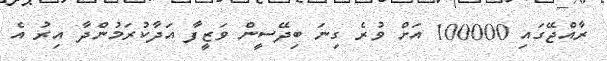
ރާއްޖޭގައި 100000 އަށް ވުރެ ގިނަ ބިދޭސީން ވަޒީފާ އަދާކުރަމުންދާ އިރު އެ